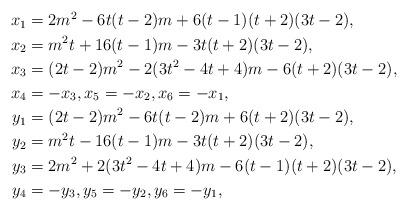
LaTeX: \begin{align*}\begin{aligned}x_1 &= 2m^2-6t(t-2)m+6(t-1)(t+2)(3t-2),\\ x_2 &= m^2t+16(t-1)m-3t(t+2)(3t-2), \\x_3 &= (2t-2)m^2-2(3t^2-4t+4)m-6(t+2)(3t-2),\\ x_4&=-x_3, x_5=-x_2, x_6=-x_1, \\y_1 &= (2t-2)m^2-6t(t-2)m+6(t+2)(3t-2), \\ y_2 &= m^2t-16(t-1)m-3t(t+2)(3t-2), \\ y_3 &= 2m^2+2(3t^2-4t+4)m-6(t-1)(t+2)(3t-2),\\y_4&=-y_3, y_5=-y_2, y_6=-y_1,\end{aligned} \end{align*}